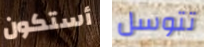
أستكون تتوسل